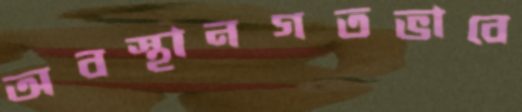
অবস্থানগতভাবে